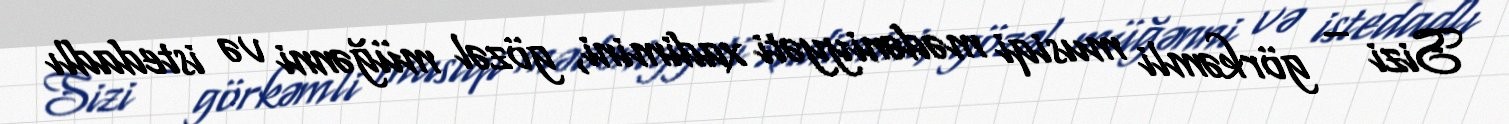
Sizi – görkəmli musiqi mədəniyyəti xadimini, gözəl müğənni və istedadlı